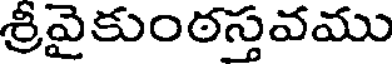
శ్రీవైకుంఠస్తవము